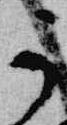
可